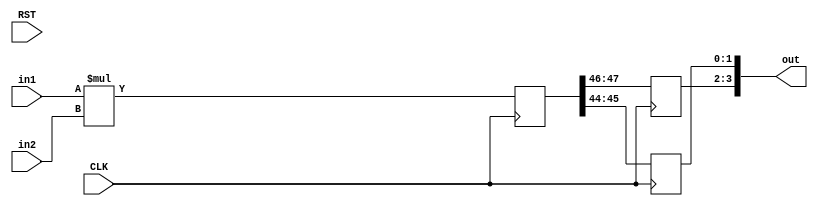
`timescale 1ns / 1ps
`define X_trc (WIO>=2)? (WIO-2+frcL) : frcL
//////////////////////////////////////////////////////////////////////////////////
// Company: 
//
//////////////////////////////////////////////////////////////////////////////////
module mult_unsigned_pipe
		   # (parameter WI1 = 1, 		//length of the integer part, operand 1
							 WF1 = 23, 		//length of the fraction part, operand 1
							 WI2 = 1, 		//length of the integer part, operand 2
							 WF2 = 23,		//length of the fraction part, operand 2
							 WIO = 2, 		//default length for the integer part of the required output
							 WFO = 2,	 	//default length of the fraction part of the required output
							 PIP = 46			//number of pipeline stages
				)
	(input CLK, RST, input [WI1+WF1-1 : 0] in1, input [WI2+WF2-1 : 0] in2, output reg [WIO+WFO-1 : 0] out);
	
	localparam intL = WI1+WI2;				//integer length of correct results
	localparam frcL = WF1+WF2;				//fraction length of correct results
			
	reg [intL+frcL-1 : 0] tmp;			//The output with correct number of bits
	reg [WIO-1 : 0] outI;					//The integer part of the output
	reg [WFO-1 : 0] outF;

	//assign tmp = in1 * in2;
	always @(posedge CLK) tmp <= in1 * in2;
	//--------------------adjusting the bitwidth for the fractional part----------------------------------------------------------
	always @(posedge CLK) begin
		if (WFO >= frcL)						//append 0s to the lsb bits
				outF <= {tmp[frcL-1:0] , {(WFO-frcL){1'b0}}};
		else										//WFO<(WF1+WF2): Truncate bits from the LSB bits
				outF <= tmp[frcL-1 : frcL-WFO];
	end
	//--------------------adjusting the bitwidth for the integer part-------------------------------------------------------------
	always @(posedge CLK) begin
		if (WIO>=intL)							//sign extend the integer part
				outI <= {{(WIO-intL){1'b0}}, tmp[intL+frcL-1:frcL]};
		else begin								//WIO<(WI1+WI2)
				if(WIO==1)
					outI <= tmp[frcL]; 		//truncate bits from the MSB part but keep the least bit of Integer part
				else
					outI <= {tmp[intL+frcL-1], tmp[`X_trc:frcL]};
		end
	end
	//--------------------registering the output----------------------------------------------------------------------------------
	//wire [WIO+WFO-1 : 0] out_tmp;
	always @ * out <= {outI,outF};
	/*
	assign out_tmp = {outI,outF};
	
	reg [WIO+WFO-1:0] buffer [1: PIP];		// 
	integer i;
	
	
	always @(posedge CLK) begin
		if (!RST) begin
			for (i=1; i<=PIP; i=i+1)
				buffer[i] <= 0;
		end else begin
			buffer[1] <= out_tmp;
			for (i=2; i<=PIP; i=i+1)
				buffer[i] <= buffer[i-1];
		end
	end

	assign out = buffer[PIP];
	*/

endmodule


module mult_unsigned_pipe_3stages
		   # (parameter WI1 = 1, 		//length of the integer part, operand 1
							 WF1 = 23, 		//length of the fraction part, operand 1
							 WI2 = 1, 		//length of the integer part, operand 2
							 WF2 = 23,		//length of the fraction part, operand 2
							 WIO = 2, 		//default length for the integer part of the required output
							 WFO = 2,	 	//default length of the fraction part of the required output
							 PIP = 46			//number of pipeline stages
				)
	(input CLK, RST, input [WI1+WF1-1 : 0] in1, input [WI2+WF2-1 : 0] in2, output reg [WIO+WFO-1 : 0] out);
	
	localparam intL = WI1+WI2;				//integer length of correct results
	localparam frcL = WF1+WF2;				//fraction length of correct results
			
	reg [intL+frcL-1 : 0] tmp;			//The output with correct number of bits
	reg [WIO-1 : 0] outI;					//The integer part of the output
	reg [WFO-1 : 0] outF;

	//assign tmp = in1 * in2;
	always @(posedge CLK) tmp <= in1 * in2;
	//--------------------adjusting the bitwidth for the fractional part----------------------------------------------------------
	always @(posedge CLK) begin
		if (WFO >= frcL)						//append 0s to the lsb bits
				outF <= {tmp[frcL-1:0] , {(WFO-frcL){1'b0}}};
		else										//WFO<(WF1+WF2): Truncate bits from the LSB bits
				outF <= tmp[frcL-1 : frcL-WFO];
	end
	//--------------------adjusting the bitwidth for the integer part-------------------------------------------------------------
	always @(posedge CLK) begin
		if (WIO>=intL)							//sign extend the integer part
				outI <= {{(WIO-intL){1'b0}}, tmp[intL+frcL-1:frcL]};
		else begin								//WIO<(WI1+WI2)
				if(WIO==1)
					outI <= tmp[frcL]; 		//truncate bits from the MSB part but keep the least bit of Integer part
				else
					outI <= {tmp[intL+frcL-1], tmp[`X_trc:frcL]};
		end
	end
	//--------------------registering the output----------------------------------------------------------------------------------
	//wire [WIO+WFO-1 : 0] out_tmp;
	always @ (posedge CLK) out <= {outI,outF};
	/*
	assign out_tmp = {outI,outF};
	
	reg [WIO+WFO-1:0] buffer [1: PIP];		// 
	integer i;
	
	
	always @(posedge CLK) begin
		if (!RST) begin
			for (i=1; i<=PIP; i=i+1)
				buffer[i] <= 0;
		end else begin
			buffer[1] <= out_tmp;
			for (i=2; i<=PIP; i=i+1)
				buffer[i] <= buffer[i-1];
		end
	end

	assign out = buffer[PIP];
	*/

endmodule